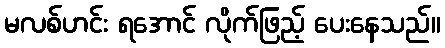
မလစ်ဟင်း ရအောင် လိုက်ဖြည့် ပေးနေသည်။